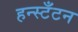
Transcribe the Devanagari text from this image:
हन्स्टँटन